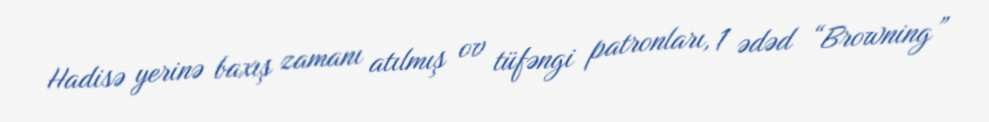
Hadisə yerinə baxış zamanı atılmış ov tüfəngi patronları, 1 ədəd “Browning”